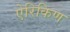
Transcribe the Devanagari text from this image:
ऐरिकिण